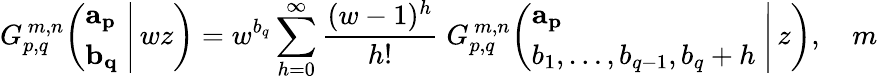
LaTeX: G_{p,q}^{\, m,n}\! \left(\left.{\begin{array}{l}{\mathbf{a_{p}}}\\ {\mathbf{b_{q}}}\end{array}}\; \right|\, wz\right)=w^{b_{q}}\sum_{h=0}^{\infty}{\frac{(w-1)^{h}}{h!}}\; G_{p,q}^{\, m,n}\! \left(\left.{\begin{array}{l}{\mathbf{a_{p}}}\\ {b_{1},\dots,b_{q-1},b_{q}+h}\end{array}}\; \right|\, z\right),\quad m